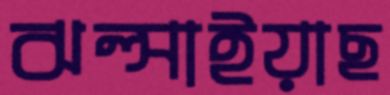
ঝল্‌সাইয়াছ